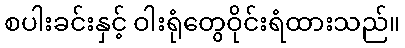
စပါးခင်းနှင့် ဝါးရုံတွေဝိုင်းရံထားသည်။